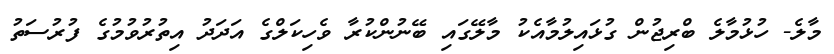
މާލެ- ހުޅުމާލެ ބްރިޖުން ގުޅައިލުމާއެކު މާލޭގައި ބޭނުންކުރާ ވެހިކަލްގެ އަަދަދު އިތުރުވުމުގެ ފުރުސަތު